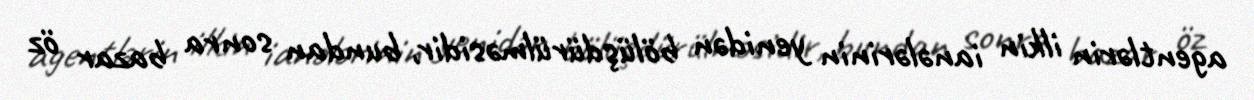
agentlərin ilkin ianələrinin yenidən bölüşdürülməsidir, bundan sonra bazar öz